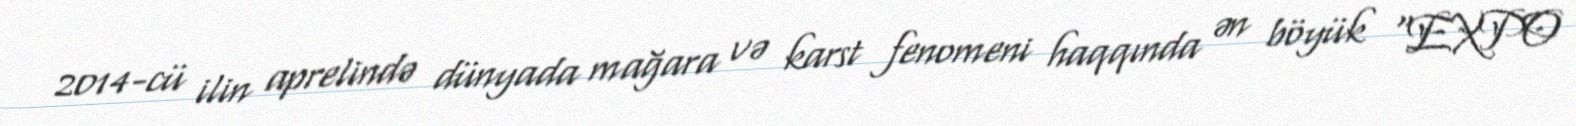
2014-cü ilin aprelində dünyada mağara və karst fenomeni haqqında ən böyük "EXPO